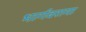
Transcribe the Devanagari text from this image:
भार्गवरामा